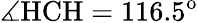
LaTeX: \measuredangle\mathrm{HCH}=116.5^{\mathrm{o}}